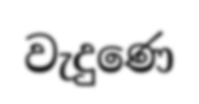
වැදුණෙ